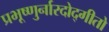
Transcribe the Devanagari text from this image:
प्रभूष्णुर्नारदोद्गीतो